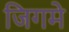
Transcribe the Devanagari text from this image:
जिगमे